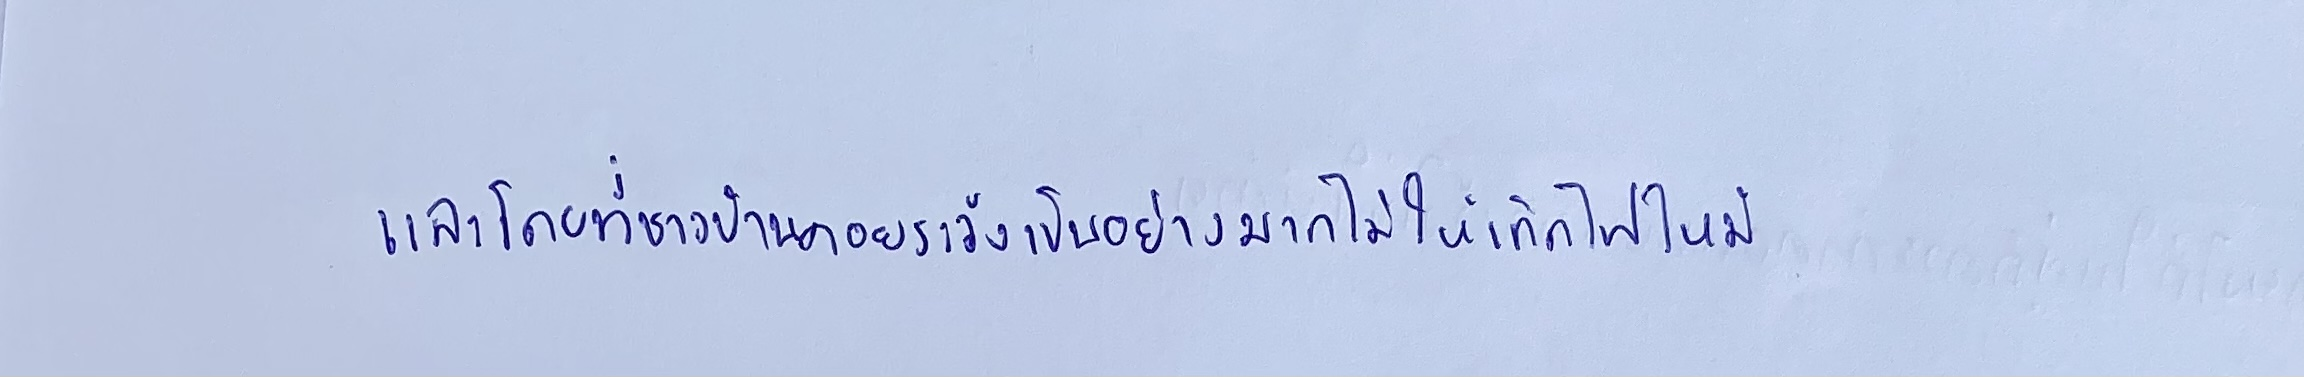
และโดยที่ชาวบ้านคอยระวังเป็นอย่างมากไม่ให้เกิดไฟไหม้